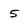
Character: 5